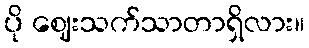
ပို ဈေးသက်သာတာရှိလား။